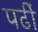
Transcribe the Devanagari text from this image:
पढीं